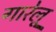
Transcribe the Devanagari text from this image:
गारेलू